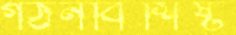
গঠনবিশিষ্ট